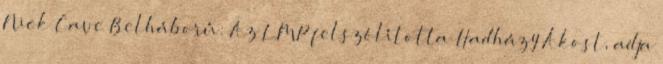
Nick Cave Belháború: Az LMP felszólította Hadházy Ákost, adja